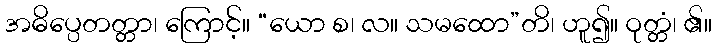
အဓိပ္ပေတတ္တာ၊ ကြောင့်။ “ယော စ၊ လ။ သမထော”တိ၊ ဟူ၍။ ဝုတ္တံ၊ ၏။